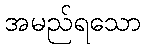
အမည်ရသော